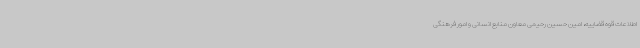
اطلاعات قوه قضاییه، امین حسین رحیمی معاون منابع انسانی و امور فرهنگی